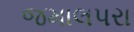
જમાલપરા